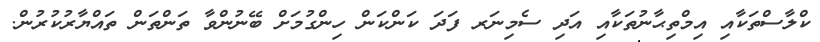
ކްލާސްތަކާއި އިމްތިޙާނުތަކާއި އަދި ސެމިނަރ ފަދަ ކަންކަން ހިންގުމަށް ބޭނުންވާ ތަންތަން ތައްޔާރުކުރުން.